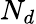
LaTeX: N_{d}